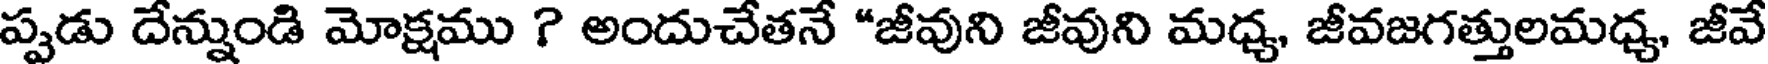
ప్పడు దేన్నుండి మోక్షము ? అందుచేతనే "జీవుని జీవుని మధ్య, జీవజగత్తులమధ్య, జీవే